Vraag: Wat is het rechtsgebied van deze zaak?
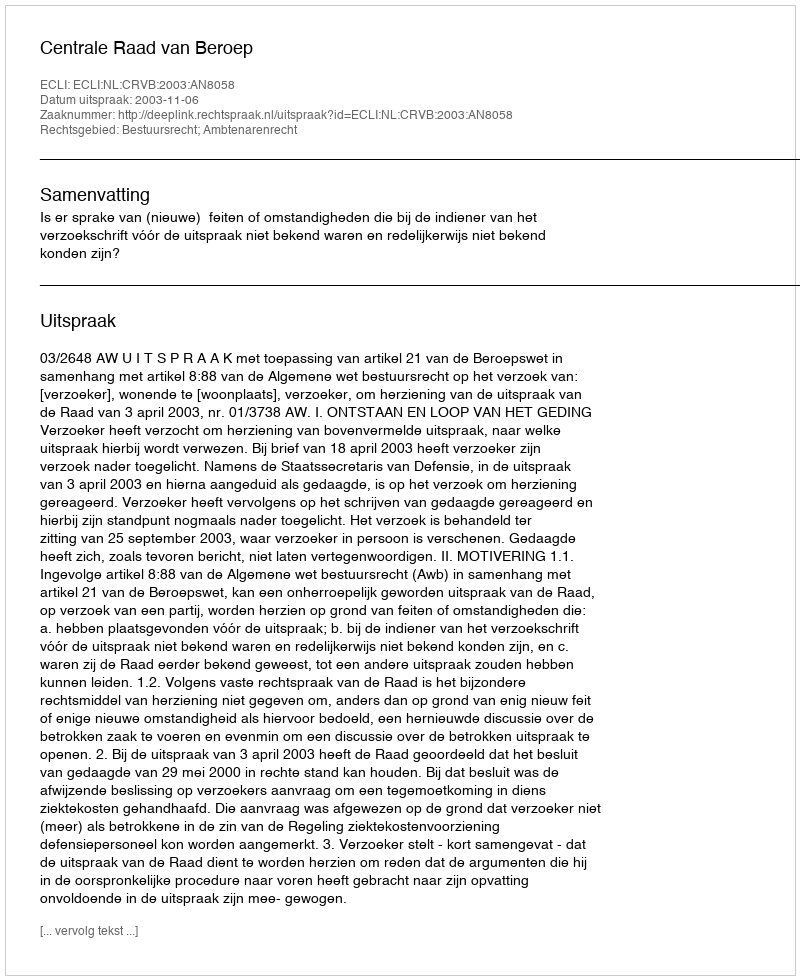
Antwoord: Bestuursrecht; Ambtenarenrecht